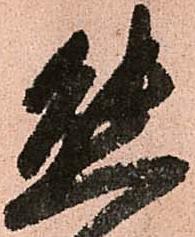
態